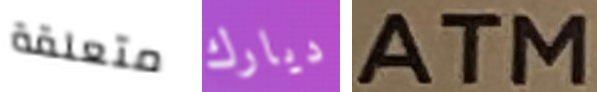
متعلقة ديارك ATM